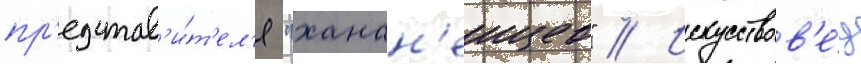
пр'едстав'и́т'ел'я "ханан'еицев" // Искусствов'е́д